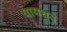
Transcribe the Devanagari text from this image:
यामधुन